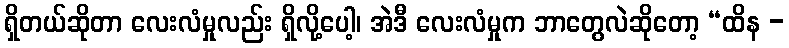
ရှိတယ်ဆိုတာ လေးလံမှုလည်း ရှိလို့ပေါ့၊ အဲဒီ လေးလံမှုက ဘာတွေလဲဆိုတော့ “ထိန -